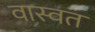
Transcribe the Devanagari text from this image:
वास्वत